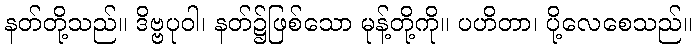
နတ်တို့သည်။ ဒိဗ္ဗပုဝါ၊ နတ်၌ဖြစ်သော မုန့်တို့ကို။ ပဟိတာ၊ ပို့လေစေသည်။